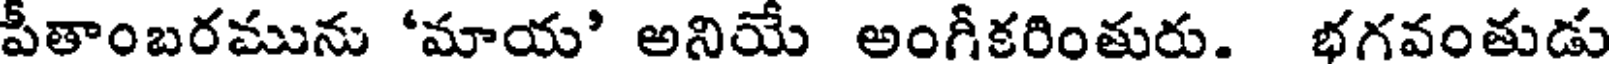
పీతాంబరమును 'మాయ' అనియే అంగీకరింతురు. భగవంతుడు